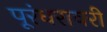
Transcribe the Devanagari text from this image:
पूरंधरावरी